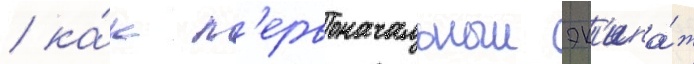
/ ка́к п'ервоначальныи эк'ипа́ж